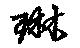
琳